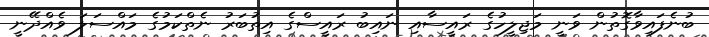
ބުނެފައިވާގޮތުން ވަނީ މަޖިލީހުގެ ރައީސާއި ނައިބު ރައީސްގެ އިތުބަރު ނެތްކަމުގެ މައްސަލަ ވެއްދޭނީ